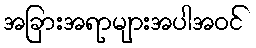
အခြားအရာများအပါအဝင်